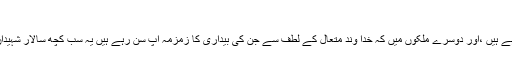
آیت اللہ جوادی آملی :
نیوزنور: اسلامی تحریک جو آپ ایران میں دیکھ رہے ہیں ،اور دوسرے ملکوں میں کہ خدا وند متعال کے لطف سے جن کی بیداری کا زمزمہ آپ سن رہے ہیں یہ سب کچھ سالار شہیدان امام حسین علیہ السلام کی فدا کاری کا نتیجہ ہے ۔